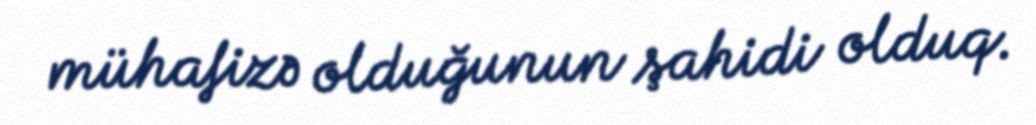
mühafizə olduğunun şahidi olduq.